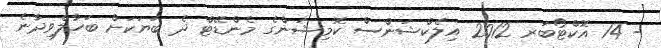
- 14 އޮކްޓޯބަރ 2012 އިލެކްޝަންސް ކޮމިޝަންގެ މެންޑޭޓް ދެ ބަޔަކަށް ބަހާލެވިދާނެ